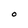
Character: O